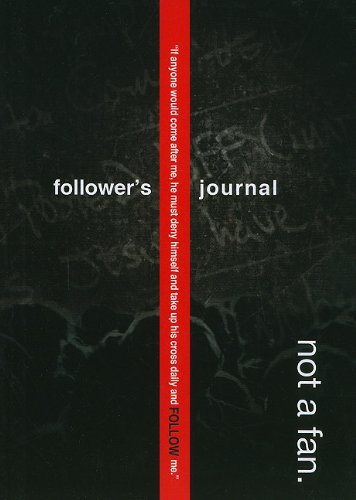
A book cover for Not a Fan Follower's Journal; Kyle Idleman; Christian Books & Bibles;